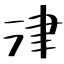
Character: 津